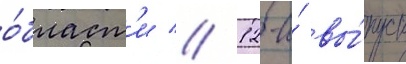
о́бласт'и // 12-и́ вы́пуск